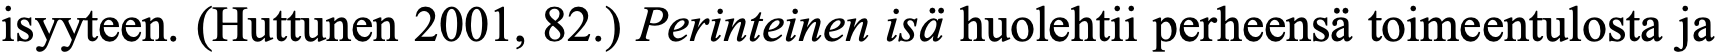
isyyteen. (Huttunen 2001, 82.) Perinteinen isä huolehtii perheensä toimeentulosta ja